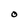
Character: O